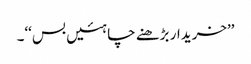
’’خریدار بڑھنے چاہئیں بس‘‘۔